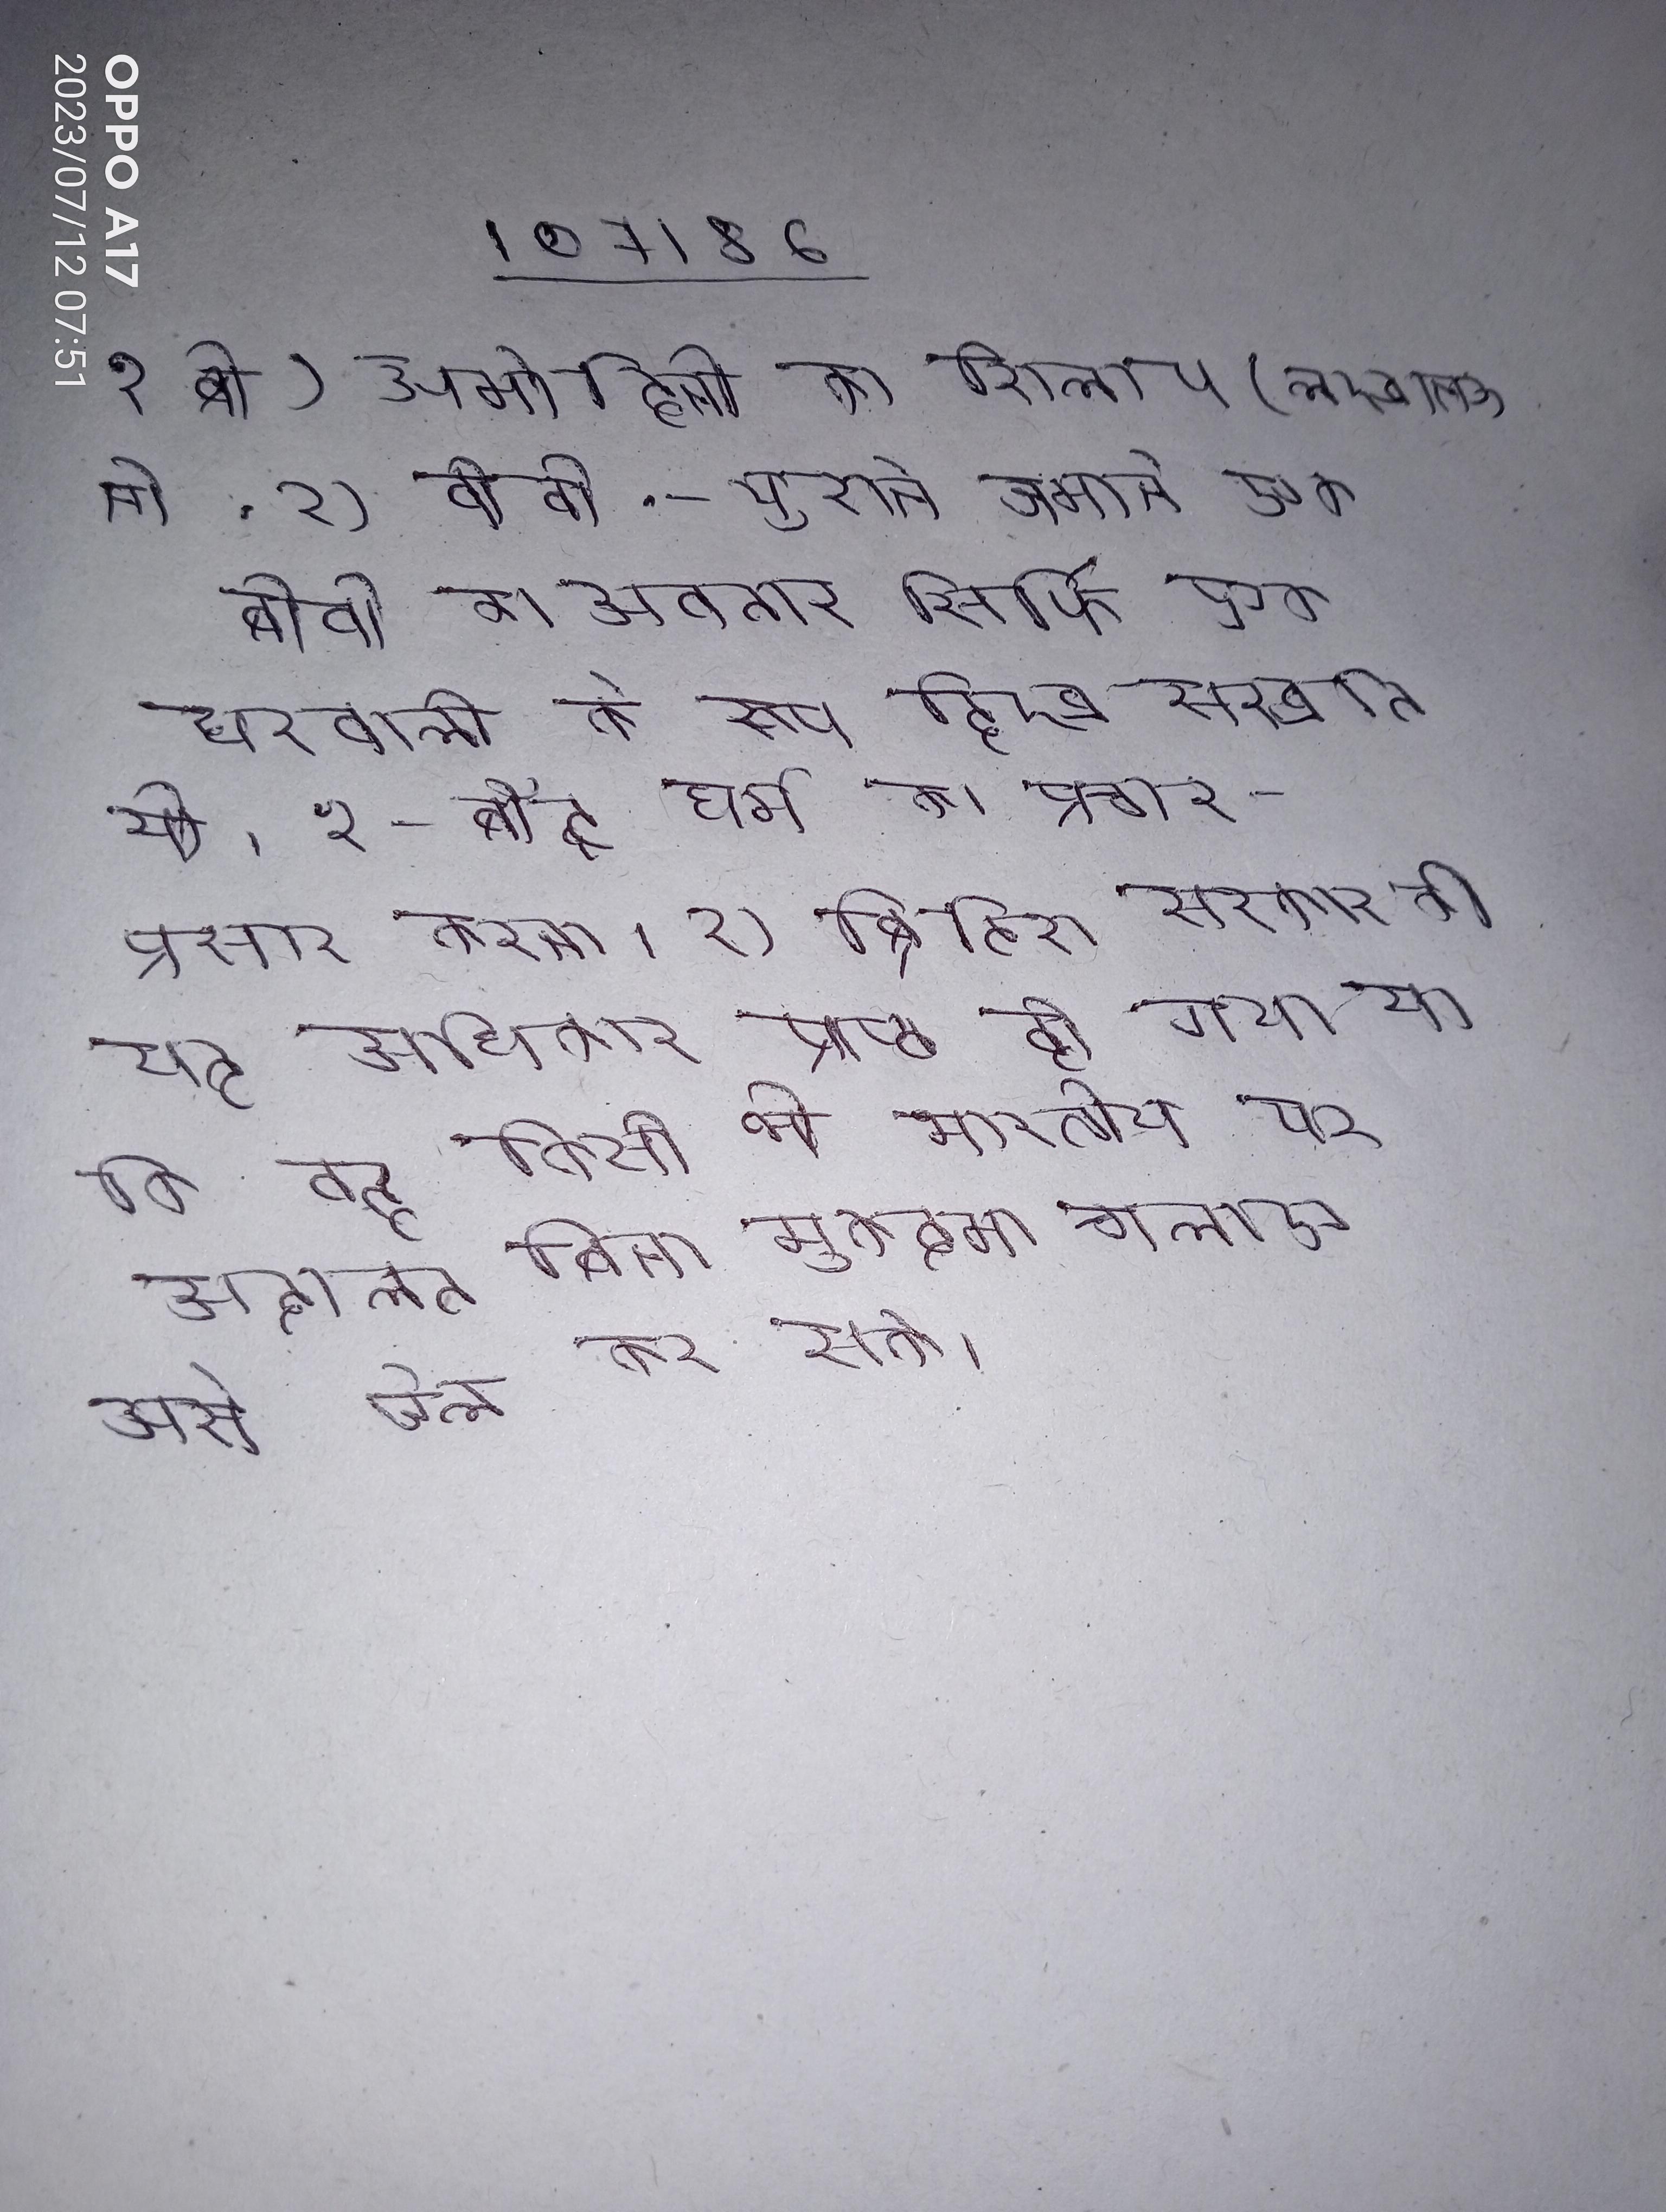
१ बी) अमोहिनी का शिलाप (लखनऊ जे . १) बीवी- पुराने जमाने एक बीवी का अवतार सिर्फ एक घरवाली के रूप दिख सखति थी । १- बौद्ध धर्म का प्रचार-प्रसार करना । १) ब्रिटिश सरकार को यह अधिकार प्राप्त हो गया था कि वह किसी भी भारतीय पर अदालत बिना मुकदमा चलाए उसे जेल कर सके ।